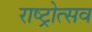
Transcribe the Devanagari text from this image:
राष्ट्रोत्सव